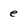
Character: e